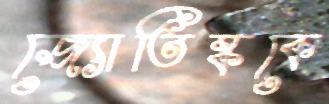
জ্যোতিষ্ককে